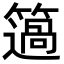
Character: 簻